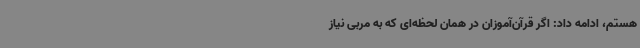
هستم، ادامه داد: اگر قرآن‌آموزان در همان لحظه‌ای که به مربی نیاز